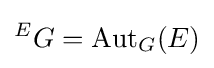
{}^{E}G=\operatorname {Aut} _{G}(E)